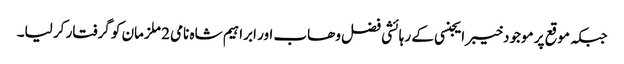
جبکہ موقع پر موجودخیبر ایجنسی کے رہائشی فضل وھاب اور ابراہیم شاہ نامی 2 ملزمان کو گرفتار کر لیا۔